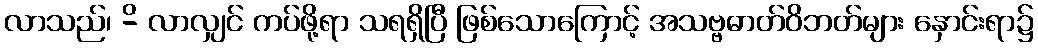
လာသည်၊ -ိ လာလျှင် ကပ်ဖို့ရာ သရရှိပြီ ဖြစ်သောကြောင့် အသဗ္ဗဓာတ်ဝိဘတ်များ နှောင်းရာ၌